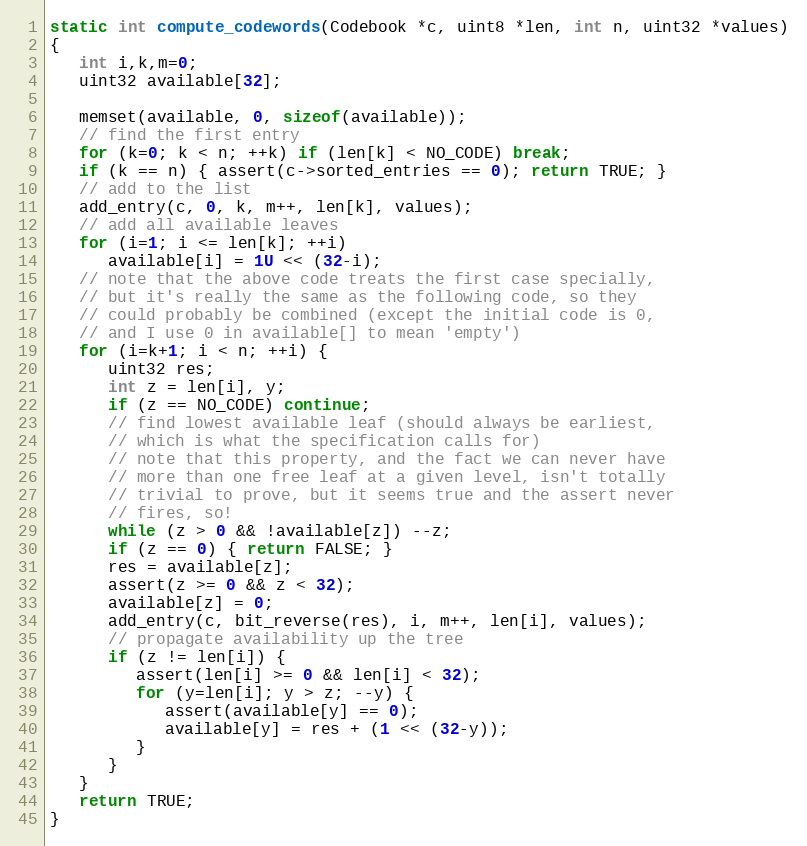
Language: C
static int compute_codewords(Codebook *c, uint8 *len, int n, uint32 *values)
{
   int i,k,m=0;
   uint32 available[32];

   memset(available, 0, sizeof(available));
   // find the first entry
   for (k=0; k < n; ++k) if (len[k] < NO_CODE) break;
   if (k == n) { assert(c->sorted_entries == 0); return TRUE; }
   // add to the list
   add_entry(c, 0, k, m++, len[k], values);
   // add all available leaves
   for (i=1; i <= len[k]; ++i)
      available[i] = 1U << (32-i);
   // note that the above code treats the first case specially,
   // but it's really the same as the following code, so they
   // could probably be combined (except the initial code is 0,
   // and I use 0 in available[] to mean 'empty')
   for (i=k+1; i < n; ++i) {
      uint32 res;
      int z = len[i], y;
      if (z == NO_CODE) continue;
      // find lowest available leaf (should always be earliest,
      // which is what the specification calls for)
      // note that this property, and the fact we can never have
      // more than one free leaf at a given level, isn't totally
      // trivial to prove, but it seems true and the assert never
      // fires, so!
      while (z > 0 && !available[z]) --z;
      if (z == 0) { return FALSE; }
      res = available[z];
      assert(z >= 0 && z < 32);
      available[z] = 0;
      add_entry(c, bit_reverse(res), i, m++, len[i], values);
      // propagate availability up the tree
      if (z != len[i]) {
         assert(len[i] >= 0 && len[i] < 32);
         for (y=len[i]; y > z; --y) {
            assert(available[y] == 0);
            available[y] = res + (1 << (32-y));
         }
      }
   }
   return TRUE;
}